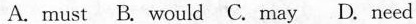
A.must B.Would C.May D.Need